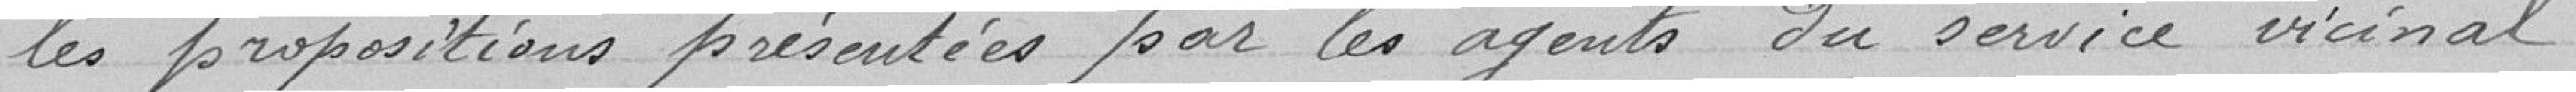
les propositions présentées par les agents du service vicinal.